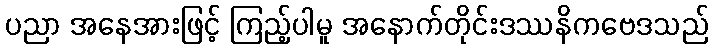
ပညာ အနေအားဖြင့် ကြည့်ပါမူ အနောက်တိုင်းဒဿနိကဗေဒသည်